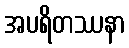
အပရိတဿနာ